Annual report of the Imperial Bacteriologist
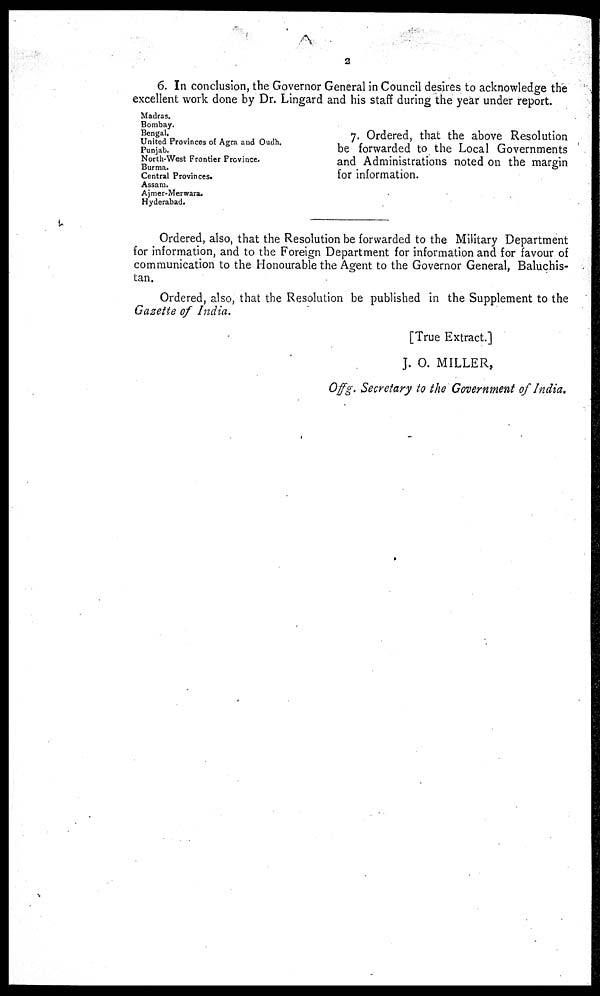
2
6. In conclusion, the Governor General in Council desires to acknowledge the
excellent work done by Dr. Lingard and his staff during the year under report.
Madras.
Bombay.
Bengal.
United Provinces of Agra and Oudh.
Punjab.
North-West Frontier Province.
Burma.
Central Provinces.
Assam.
Ajmer-Merwara.
Hyderabad.
7. Ordered, that the above Resolution
be forwarded to the Local Governments
and Administrations noted on the margin
for information.
Ordered, also, that the Resolution be forwarded to the Military Department
for information, and to the Foreign Department for information and for favour of
communication to the Honourable the Agent to the Governor General, Baluchis-
tan.
Ordered, also, that the Resolution be published in the Supplement to the
Gazette of India.
[True Extract.]
J. O. MILLER,
Offg. Secretary to the Government of India.